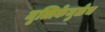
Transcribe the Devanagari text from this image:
मृत्तिकेमुळेच